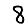
Digit: 8